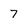
Character: 7